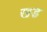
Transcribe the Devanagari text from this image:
खड